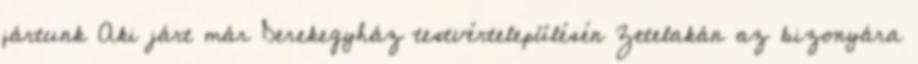
jártunk Aki járt már Derekegyház testvértelepülésén Zetelakán az bizonyára